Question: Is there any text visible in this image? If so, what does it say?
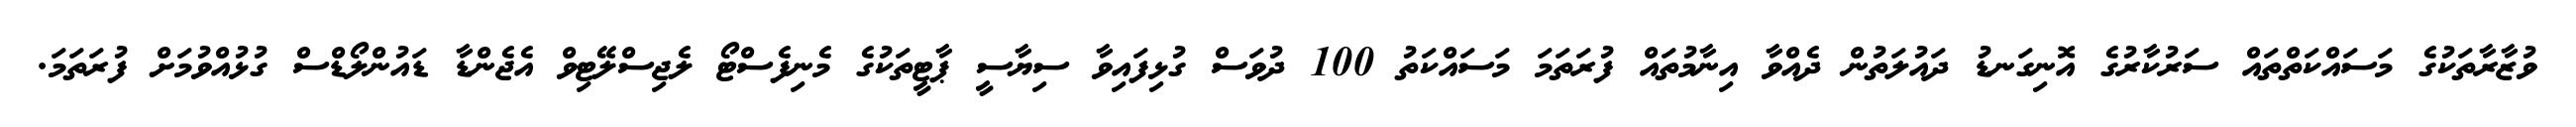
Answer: ވުޒާރާތަކުގެ މަސައްކަތްތައް ސަރުކާރުގެ އޮނިގަނޑު ދައުލަތުން ދެއްވާ އިނާމުތައް ފުރަތަމަ މަސައްކަތު 100 ދުވަސް ގުޅިފައިވާ ސިޔާސީ ޕާޓީތަކުގެ މެނިފެސްޓޯ ލެޖިސްލޭޓިވް އެޖެންޑާ ޑައުންލޯޑްސް ގުޅުއްވުމަށް ފުރަތަމަ.